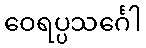
ဝေရပ္ပသင်္ဂေါ